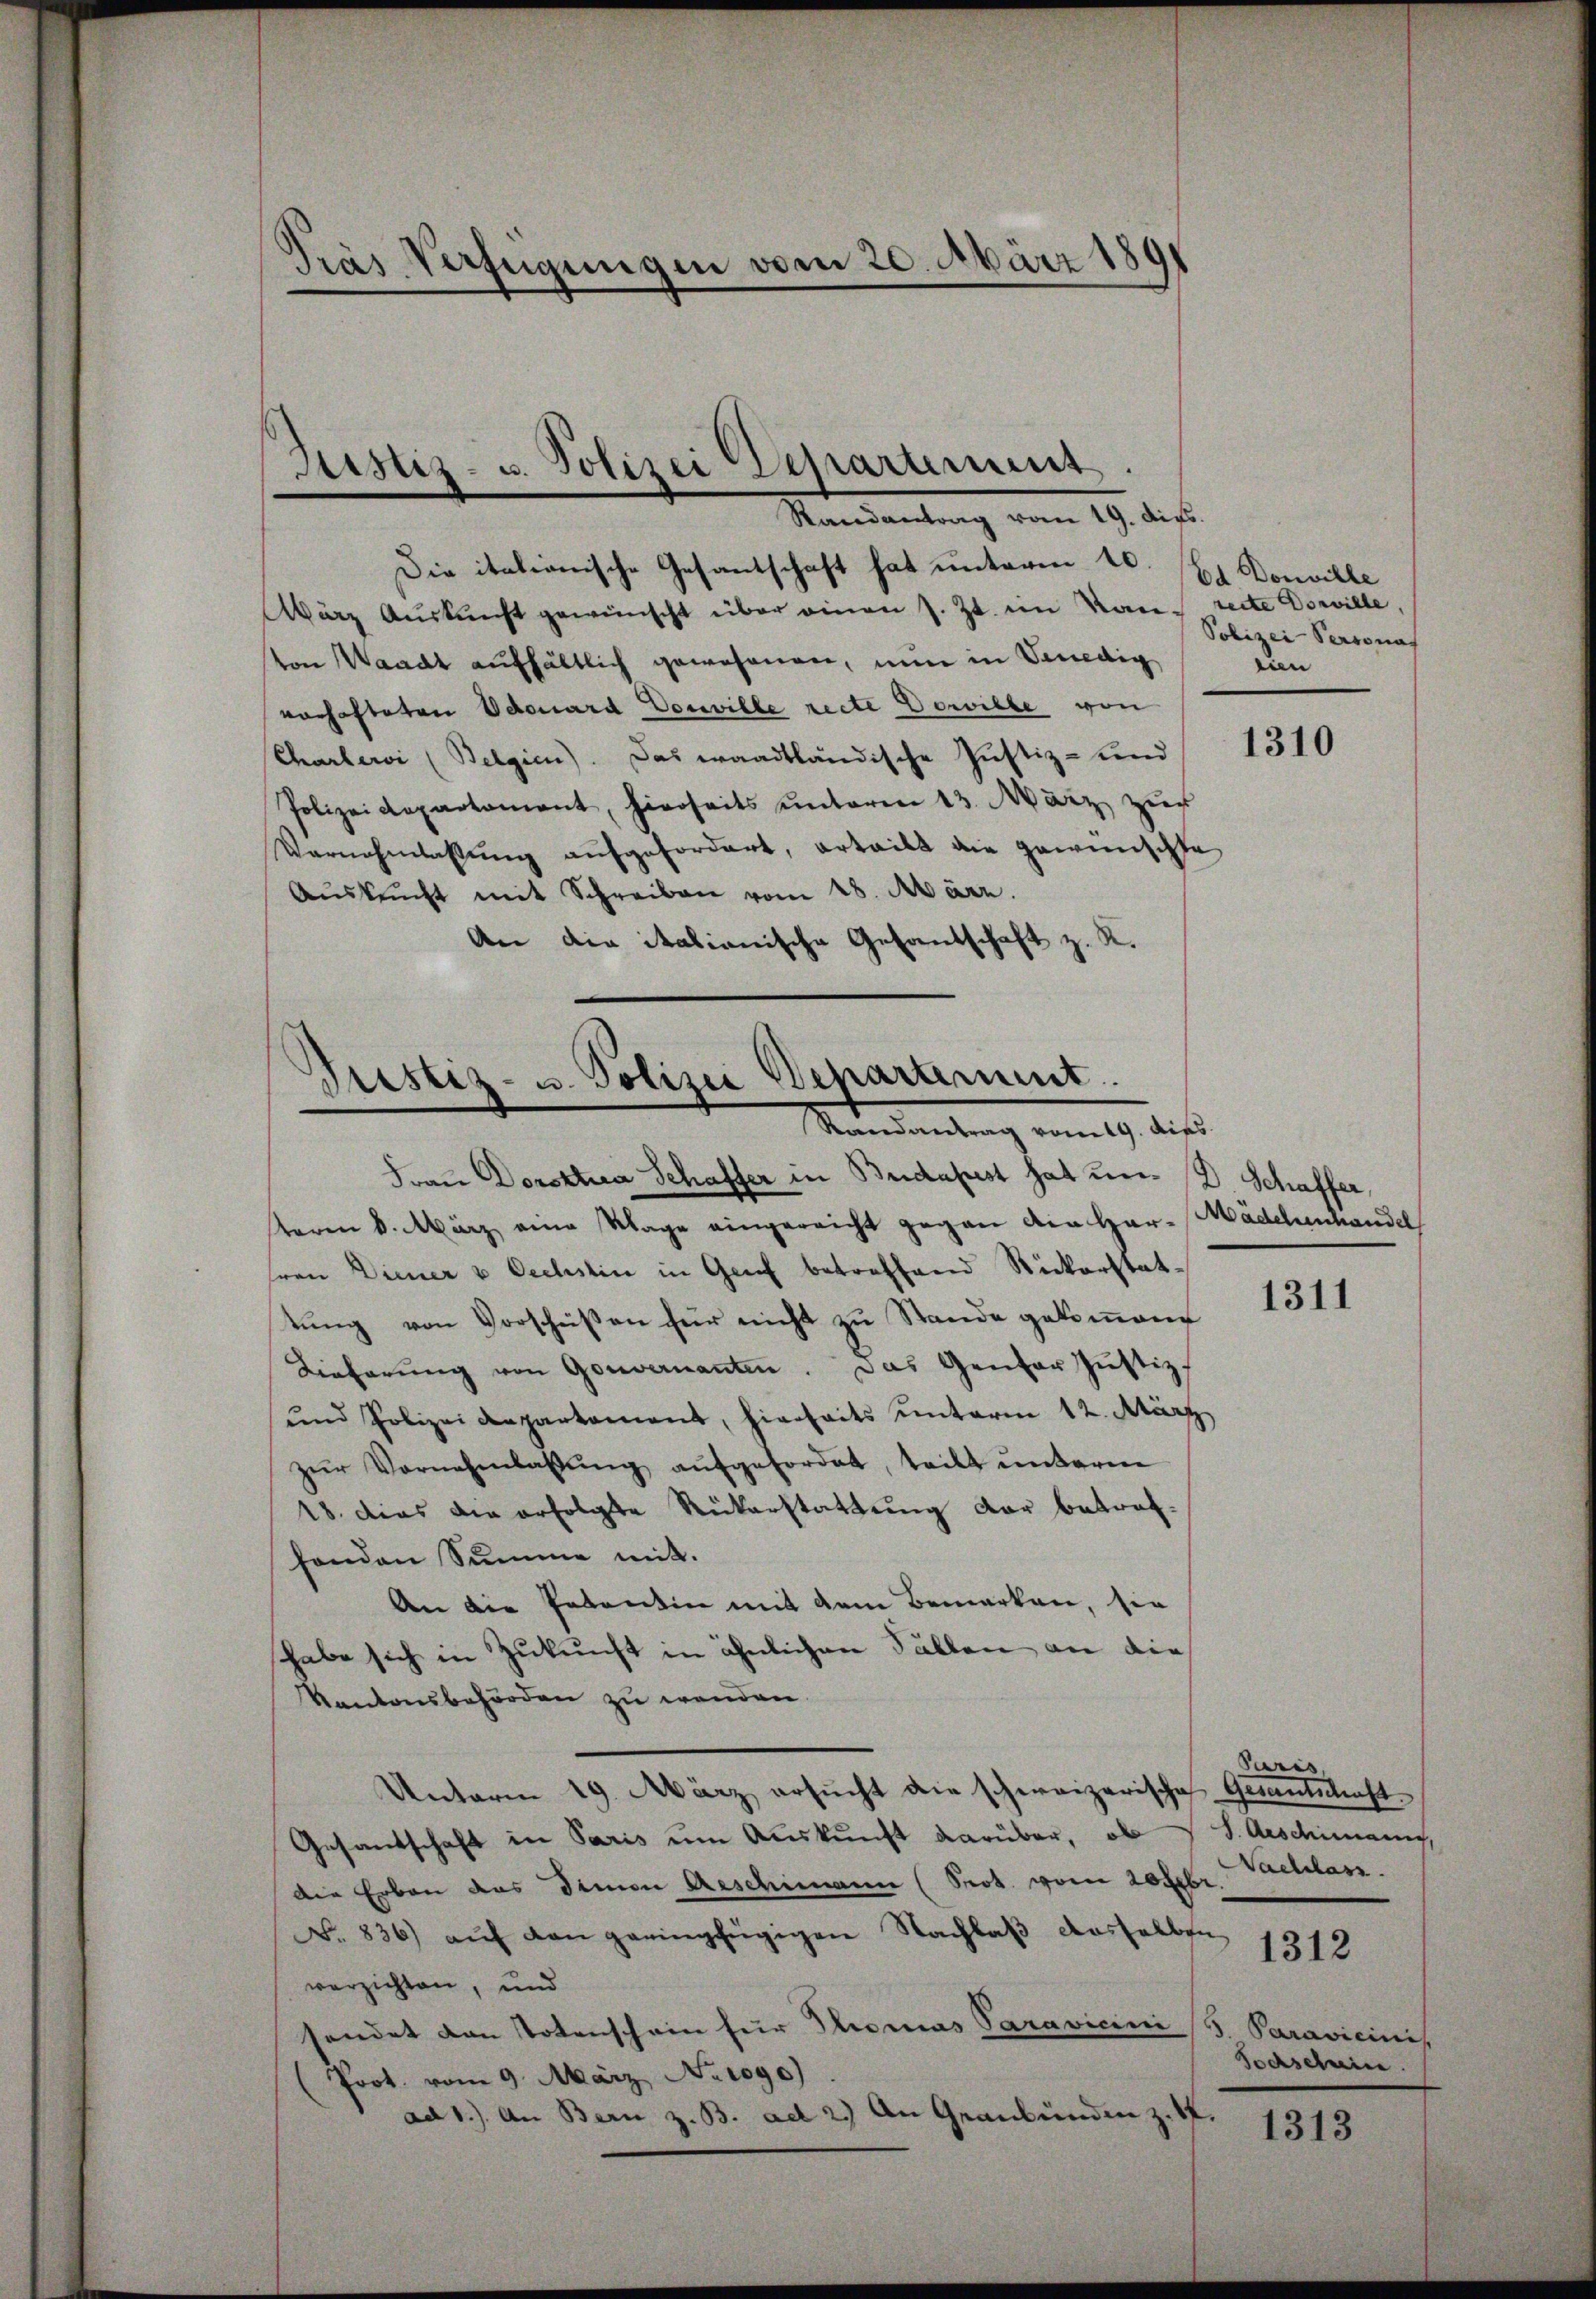
Pras Verfügungen vom 20. März 18
d

Justiz- u. Polizei Departement.
Randantrag vom 19. dies.

Die italionische Gesantschaft hat unterm 10.
ärz Auskunft gewünscht über einen s. Zt. im Kan recte Dorville,
von Waadt aufhältlich gewesenen, nun in Venedig
vorhafteten Odouard Vorwille recte Dewille von
Charlei (Belgien). Das waadtländische Justiz- und 1310
Polizeidepartament, hierseits unterm 13. März zur
Vernehmlassŭng aŭfgefordert, erteilt die gewünschte
Aŭskŭcht mit Schreiben vom 28. März.
An die italianische Gesandschaft z. R.

Justiz- u. Polizei Departement.
Randantrag vom 19. dies

Frau Dorskta Schaffer in Budapest hat um. D. Schaffer,
teren 8. März eine Klage eingereicht gegen der Har-Mädchenhandel
hren Diener & Oechstin in Genf betreffend Rickerstattung von Vorschüßen für nicht zu Stande gekommene
Lieferŭng von Gouvernanten. Das Gentor Jŭstiz
und Polizeidepartament, hierseits ŭnterm 12. März
zŭr Vornehmlassŭng aŭfgefordet, teilt ŭnterm
18. dies die erfolgte Rükerstattung der betroffonden Summe mit.
An die Petentin mit dem Bemerken, sie
habe sich in Zukunft in ähnlichen Fällen an die
Kantonsbehörden zu wenden.
Unterm 19. März ersŭcht die schweizerische Gesantschaft
Gesandschaft in Paris um Auskunft darüber, ob V S. Aeschimann,
die Erben das dimon Aeschimann (Prot. vom 20 Febr. Nachlass.
N. 836 auf von geringfügigen Nachlaβ dasselben
verzichten, und
sendet von Totenschein für Thomas Paravicini (S. Paravicinis
Prot. vom 9. März No. 1090)
ad 1.) An Bern z. B. ad 2.) An Graubünden z. S.

Ed Donville
Polizei-Personal
eien

1311

Paris,

1312

Bochscheine

1313